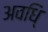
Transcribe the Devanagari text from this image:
अवधि्